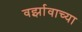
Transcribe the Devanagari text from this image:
वर्झावाच्या